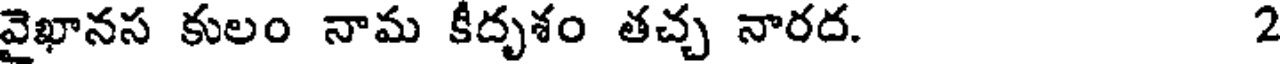
వైఖానస కులం నామ కీదృశం తచ్చ నారద. 2